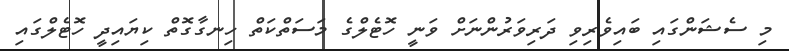
މި ސެޝަންގައި ބައިވެރިވި ދަރިވަރުންނަށް ވަނީ ހޮޓެލްގެ މަސަތްކަތް ހިނގާގޮތް ކިޔައިދީ ހޮޓެލްގައި